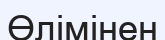
Өлімінен